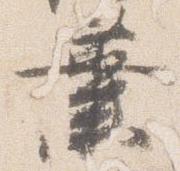
業